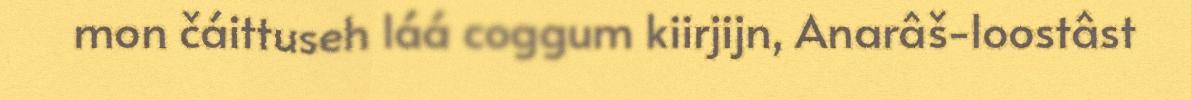
mon čáittuseh láá coggum kiirjijn, Anarâš-loostâst